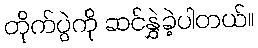
တိုက်ပွဲကို ဆင်နွှဲခဲ့ပါတယ်။